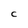
Character: C